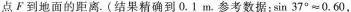
点F到地面的距离.(结果精确到0.1m。参考数据：$$\sin 3 7 ^ { 0 } ≈ 0 . 6 0$$，